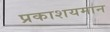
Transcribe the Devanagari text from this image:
प्रकाशयमान